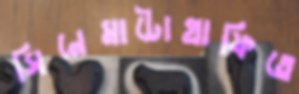
সিনেমাটোগ্রাফিতে